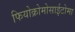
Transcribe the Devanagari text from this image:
फियोक्रोमोसाईटोमा